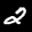
Label: 2